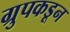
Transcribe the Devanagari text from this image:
ग्रुपकडून